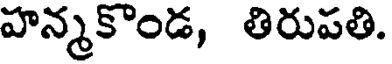
హన్మకొండ, తిరుపతి.